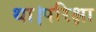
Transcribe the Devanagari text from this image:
था।परिक्षा